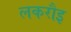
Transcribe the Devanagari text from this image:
लकरौइ